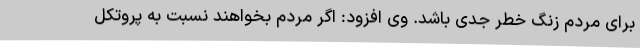
برای مردم زنگ خطر جدی باشد. وی افزود: اگر مردم بخواهند نسبت به پروتکل